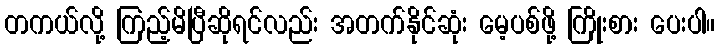
တကယ်လို့ ကြည့်မိပြီဆိုရင်လည်း အတက်နိုင်ဆုံး မေ့ပစ်ဖို့ ကြိုးစား ပေးပါ။